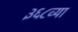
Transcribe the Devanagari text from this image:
३६८व्या